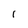
Character: 1